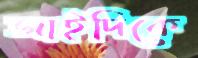
জাইদিকে